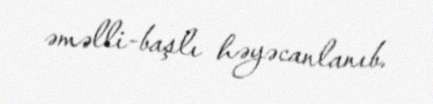
əməlli-başlı həyəcanlanıb.